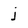
Character: j